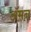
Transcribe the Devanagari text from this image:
अॅमन